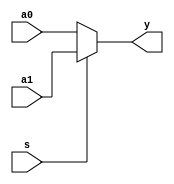
//////////////////////////////////////////////////////////////////////////////////
// Module Name: 2to1 Multiplexer - DataFlow
// Description: 
// Revision:
// 09.05.2020 -> Revision 0.01 - Created
//////////////////////////////////////////////////////////////////////////////////

`timescale 1ns / 1ps

module mux2to1_dataflow(input a0,
                        input a1,
                        input s,
                        output y );
                        
    //assign y = (~s & a0) | (s & a1);  
    assign y = s ? a1 : a0;                        
endmodule